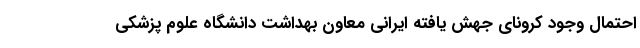
احتمال وجود کرونای جهش‌ یافته ایرانی معاون بهداشت دانشگاه علوم پزشکی